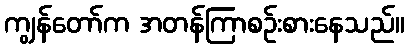
ကျွန်တော်က အတန်ကြာစဉ်းစားနေသည်။